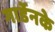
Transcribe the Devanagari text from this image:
गार्डेनके